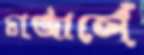
চার্জার্সে